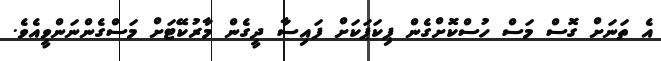
އެ ތަނަށް ގޮސް މަސް ހުސްކޮށްގެން ޕިކަޕަކަށް ފައިސާ ދީގެން މާރުކޭޓަށް މަސްގެންނަންވީއެވެ.